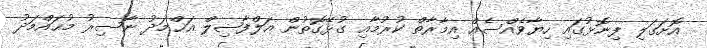
އޮށަގަލި ފިނޮޅުގައި ހިޔާވެއްސެއް އިމާރާތް ކުރުމާއި ގުޅޭގޮތުން އަލްފާޟިލް އަޙްމަދު ނާސިރު މުޙައްމަދު